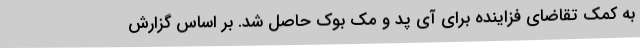
به کمک تقاضای فزاینده برای آی پد و مک بوک حاصل شد. بر اساس گزارش